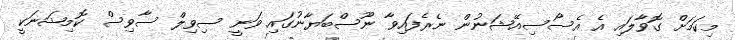
މިކަމަށް ގޮވާލައި އެ އެސޯސިއޭޝަނުން ނެރެފައިވާ ނޫސްބަޔާނުގައި ވަނީ ސިވިލް ސާވިސް ކޮމިޝަނަކީ